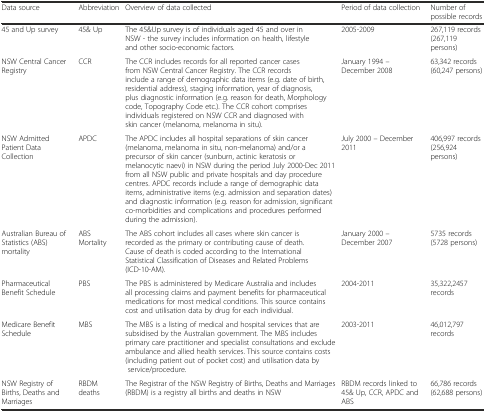
| Data source | Abbreviation | Overview of data collected | Period of data collection | Number of possible records |
 | --- | --- | --- | --- | --- |
 | 45 and Up survey | 45& Up | The 45&Up survey is of individuals aged 45 and over in NSW - the survey includes information on health, lifestyle and other socio-economic factors. | 2005-2009 | 267,119 records (267,119 persons) |
 | NSW Central Cancer Registry | CCR | The CCR includes records for all reported cancer cases from NSW Central Cancer Registry. The CCR records include a range of demographic data items (e.g. date of birth, residential address), staging information, year of diagnosis, plus diagnostic information (e.g. reason for death, Morphology code, Topography Code etc.). The CCR cohort comprises individuals registered on NSW CCR and diagnosed with skin cancer (melanoma, melanoma in situ). | January 1994 – December 2008 | 63,342 records (60,247 persons) |
 | NSW Admitted Patient Data Collection | APDC | The APDC includes all hospital separations of skin cancer (melanoma, melanoma in situ, non-melanoma) and/or a precursor of skin cancer (sunburn, actinic keratosis or melanocytic naevi) in NSW during the period July 2000-Dec 2011 from all NSW public and private hospitals and day procedure centres. APDC records include a range of demographic data items, administrative items (e.g. admission and separation dates) and diagnostic information (e.g. reason for admission, significant co-morbidities and complications and procedures performed during the admission). | July 2000 – December 2011 | 406,997 records (256,924 persons) |
 | Australian Bureau of Statistics (ABS) mortality | ABS Mortality | The ABS cohort includes all cases where skin cancer is recorded as the primary or contributing cause of death. Cause of death is coded according to the International Statistical Classification of Diseases and Related Problems (ICD-10-AM). | January 2000 – December 2007 | 5735 records (5728 persons) |
 | Pharmaceutical Benefit Schedule | PBS | The PBS is administered by Medicare Australia and includes all processing claims and payment benefits for pharmaceutical medications for most medical conditions. This source contains cost and utilisation data by drug for each individual. | 2004-2011 | 35,322,2457 records |
 | Medicare Benefit Schedule | MBS | The MBS is a listing of medical and hospital services that are subsidised by the Australian government. The MBS includes primary care practitioner and specialist consultations and exclude ambulance and allied health services. This source contains costs (including patient out of pocket cost) and utilisation data by service/procedure. | 2003-2011 | 46,012,797 records |
 | NSW Registry of Births, Deaths and Marriages | RBDM deaths | The Registrar of the NSW Registry of Births, Deaths and Marriages (RBDM) is a registry all births and deaths in NSW | RBDM records linked to 45& Up, CCR, APDC and ABS | 66,786 records (62,688 persons) |